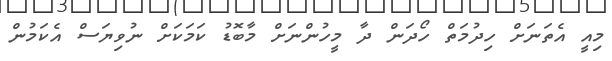
މިއީ އެތަނަށް ހިދުމަތް ހޯދަން ދާ މީހުންނަށް މާބޮޑު ކަމަކަށް ނުވިޔަސް އެކަމުން